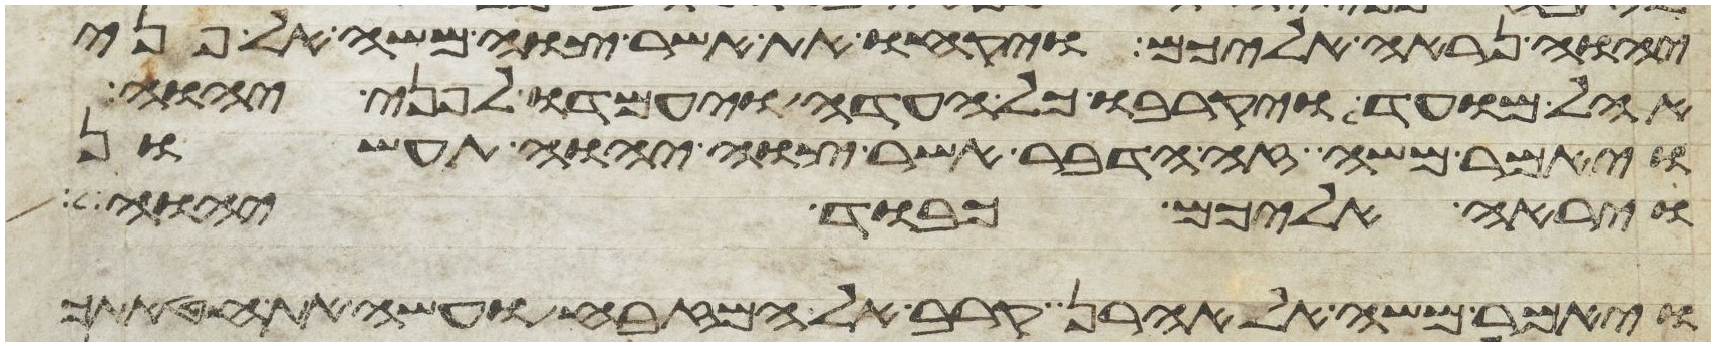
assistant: יהוה נראה אליכם ויקחו את אשר צוה משה אל פני
אהל מועד ויקרבו כל העדה ויעמדו לפני יהוה
ויאמר משה זה הדבר אשר צוה יהוה תעשון
ויראה אליכם כבוד יהוה
ויאמר משה אל אהרן קרב אל המזבח ועשה את חטאתך